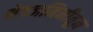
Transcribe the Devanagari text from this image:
शेतजमिनीतून